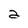
Character: a